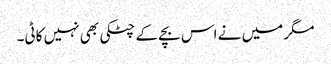
مگر میں نے اس بچے کے چٹکی بھی نہیں کاٹی۔